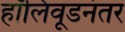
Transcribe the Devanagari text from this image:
हॉलिवूडनंतर